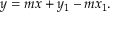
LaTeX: y = m x + y _ { 1 } - m x _ { 1 } .